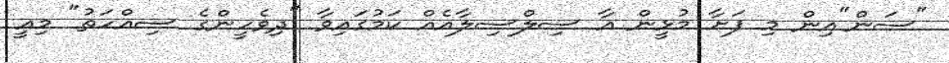
"ސަން"އިން މި ފަށާ މުޅީން އާ ސިލްސިލާއެއް ކަމުގައިވާ "ދިވެހީންގެ ސިއްހަތު" މިއީ